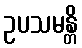
ဥပသမန္တိ